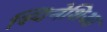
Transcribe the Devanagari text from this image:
स्पिनेशिआ